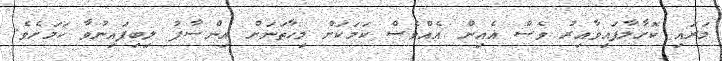
މަރައި ކޮށާލާފައިވާއިރު ވެސް އެއިން އެއްވެސް ކަމަކަށް މިހާތަނަށް އިންސާފު ލިބިފައިނުވާ ކަމަށެވެ.